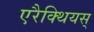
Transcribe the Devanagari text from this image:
एरैक्थियस्‌